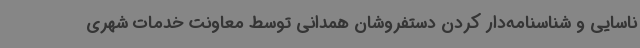
ناسایی و شناسنامه‌دار کردن دستفروشان همدانی توسط معاونت خدمات شهری